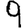
Digit: 9